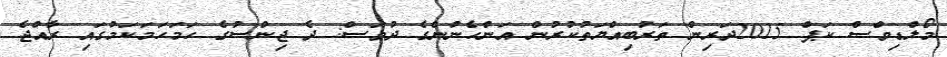
މޯލްޑިވްސް ކަޕް 2015ދަރިން ތަރުބިއްޔަތުކުރުން އަންހެނުންގެ ދުވަސް: ދެ ޖިންސުގެ ހަމަހަމަކަމުގައި ރާއްޖެ